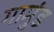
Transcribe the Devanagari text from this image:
गामुंड